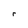
Character: r